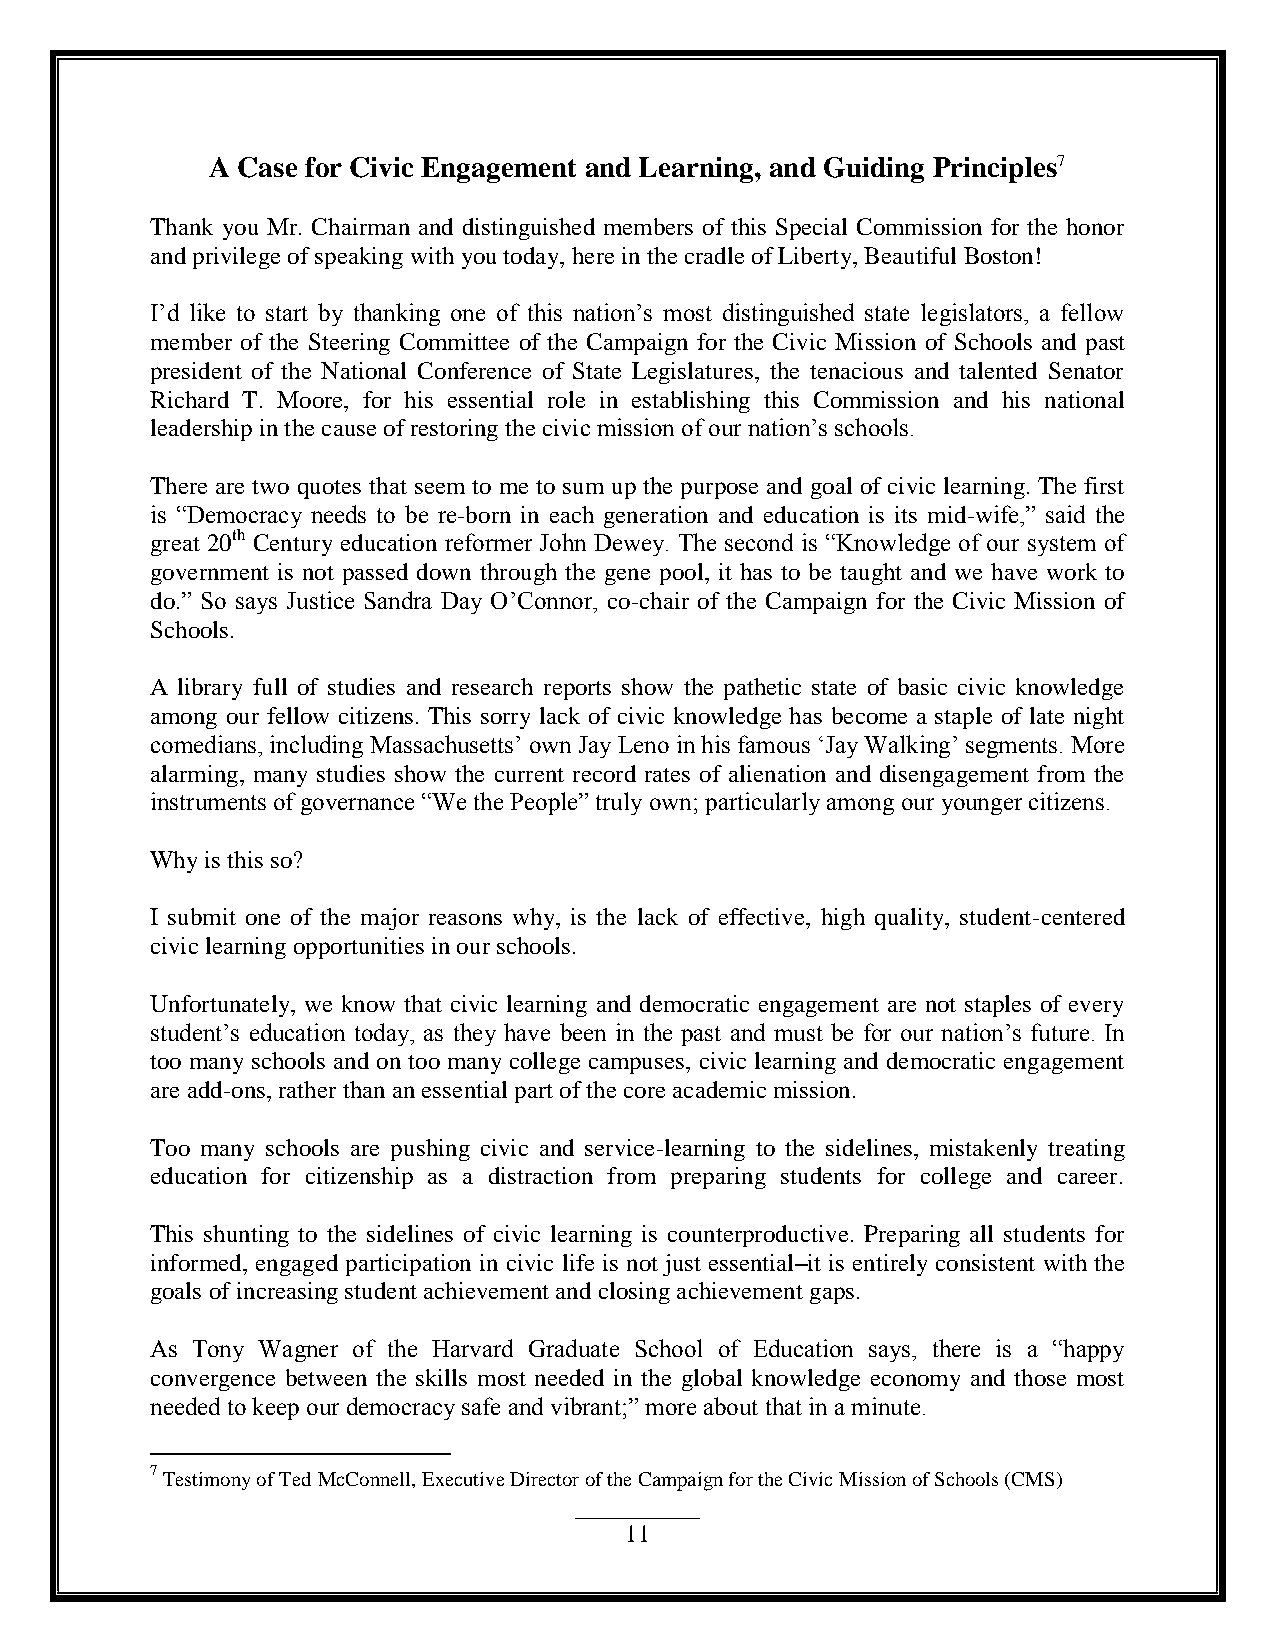
A Case for Civic Engagement and Learning, and Guiding Principles7
 Thank you Mr. Chairman and distinguished members of this Special Commission for the honor
 and privilege of speaking with you today, here in the cradle of Liberty, Beautiful Boston!
 I‟d like to start by thanking one of this nation‟s most distinguished state legislators, a fellow
 member of the Steering Committee of the Campaign for the Civic Mission of Schools and past
 president of the National Conference of State Legislatures, the tenacious and talented Senator
 Richard T. Moore, for his essential role in establishing this Commission and his national
 leadership in the cause of restoring the civic mission of our nation‟s schools.
 There are two quotes that seem to me to sum up the purpose and goal of civic learning. The first
 is “Democracy needs to be re-born in each generation and education is its mid-wife,” said the
 great 20th Century education reformer John Dewey. The second is “Knowledge of our system of
 government is not passed down through the gene pool, it has to be taught and we have work to
 do.” So says Justice Sandra Day O‟Connor, co-chair of the Campaign for the Civic Mission of
 Schools.
 A library full of studies and research reports show the pathetic state of basic civic knowledge
 among our fellow citizens. This sorry lack of civic knowledge has become a staple of late night
 comedians, including Massachusetts‟ own Jay Leno in his famous „Jay Walking‟ segments. More
 alarming, many studies show the current record rates of alienation and disengagement from the
 instruments of governance “We the People” truly own; particularly among our younger citizens.
 Why is this so?
 I submit one of the major reasons why, is the lack of effective, high quality, student-centered
 civic learning opportunities in our schools.
 Unfortunately, we know that civic learning and democratic engagement are not staples of every
 student‟s education today, as they have been in the past and must be for our nation‟s future. In
 too many schools and on too many college campuses, civic learning and democratic engagement
 are add-ons, rather than an essential part of the core academic mission.
 Too many schools are pushing civic and service-learning to the sidelines, mistakenly treating
 education for citizenship as a distraction from preparing students for college and career.
 This shunting to the sidelines of civic learning is counterproductive. Preparing all students for
 informed, engaged participation in civic life is not just essential–it is entirely consistent with the
 goals of increasing student achievement and closing achievement gaps.
 As Tony Wagner of the Harvard Graduate School of Education says, there is a “happy
 convergence between the skills most needed in the global knowledge economy and those most
 needed to keep our democracy safe and vibrant;” more about that in a minute.
 7 Testimony of Ted McConnell, Executive Director of the Campaign for the Civic Mission of Schools (CMS)
 11